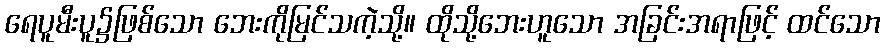
ရေပူမီးပူ၌ဖြစ်သော ဘေးကိုမြင်သကဲ့သို့။ ထိုသို့ဘေးဟူသော အခြင်းအရာဖြင့် ထင်သော